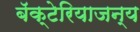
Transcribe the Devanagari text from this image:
बॅक्टेरियाजन्य